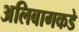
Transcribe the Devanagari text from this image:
अलिबागकडे